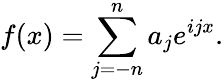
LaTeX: f(x)=\sum_{j=-n}^{n}a_{j}e^{ijx}.